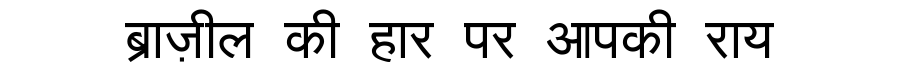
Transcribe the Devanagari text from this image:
ब्राज़ील की हार पर आपकी राय